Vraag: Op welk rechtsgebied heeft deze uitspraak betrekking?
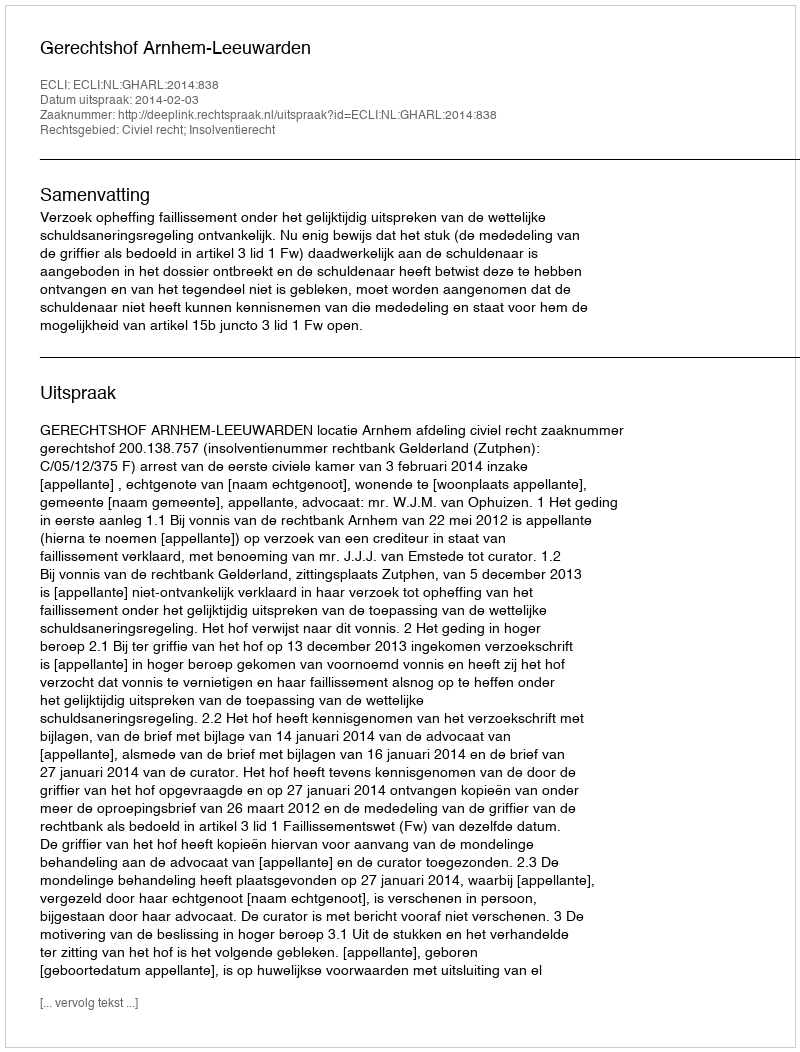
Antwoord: Civiel recht; Insolventierecht